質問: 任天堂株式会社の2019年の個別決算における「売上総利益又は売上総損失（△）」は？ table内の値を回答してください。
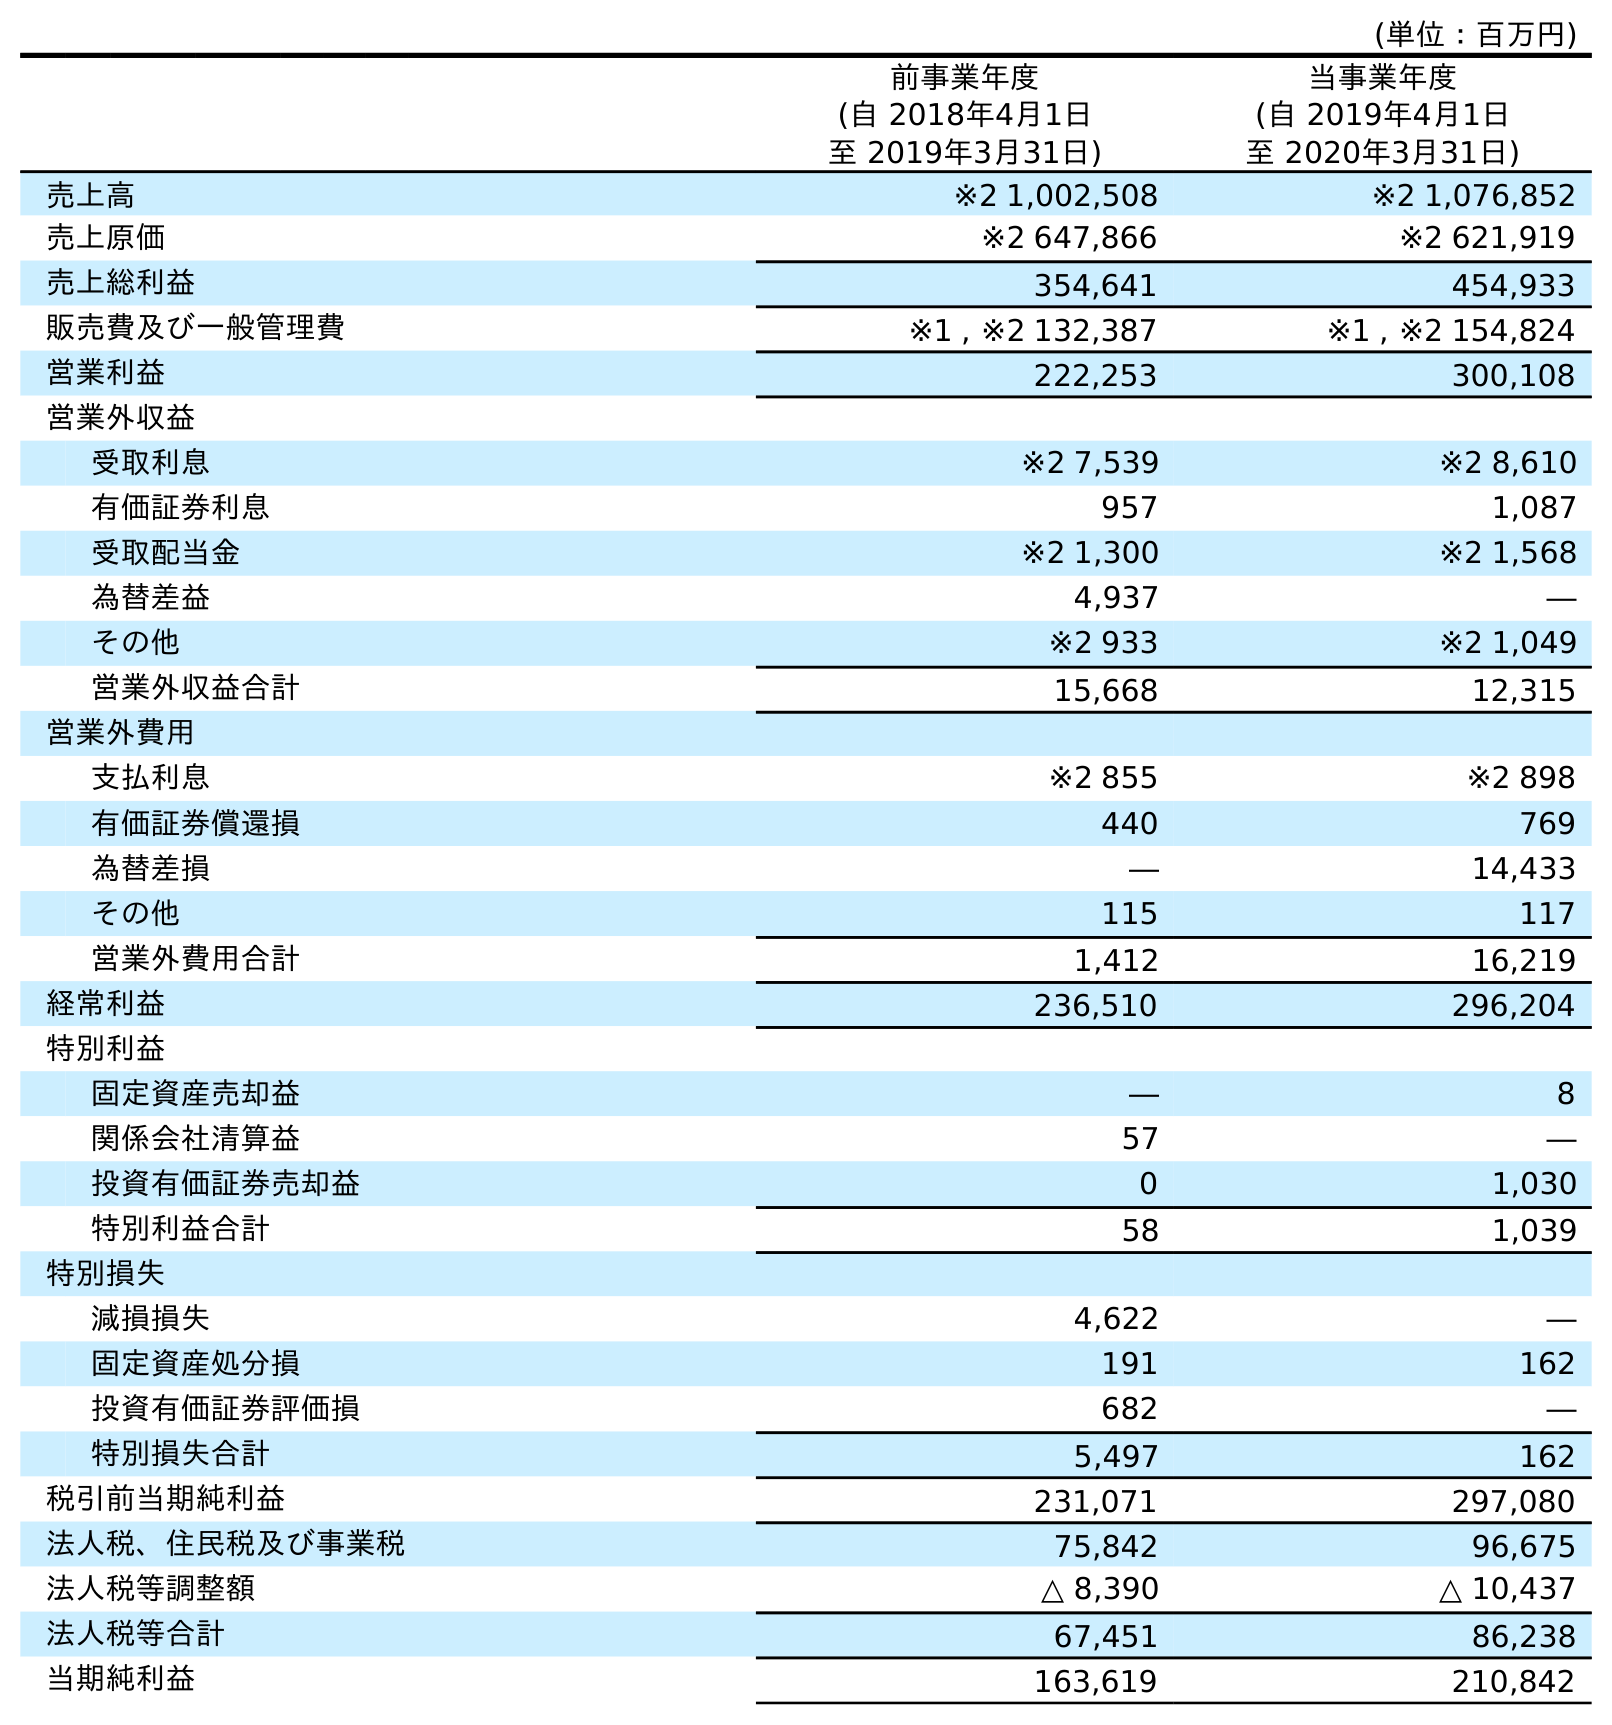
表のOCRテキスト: (単位：百万円) 前事業年度 (自 2018年4月1日 至 2019年3月31日) 当事業年度 (自 2019年4月1日 至 2020年3月31日) 売上高 ※2 1,002,508 ※2 1,076,852 売上原価 ※2 647,866 ※2 621,919 売上総利益 354,641 454,933 販売費及び一般管理費 ※1 , ※2 132,387 ※1 , ※2 154,824 営業利益 222,253 300,108 営業外収益 受取利息 ※2 7,539 ※2 8,610 有価証券利息 957 1,087 受取配当金 ※2 1,300 ※2 1,568 為替差益 4,937 ― その他 ※2 933 ※2 1,049 営業外収益合計 15,668 12,315 営業外費用 支払利息 ※2 855 ※2 898 有価証券償還損 440 769 為替差損 ― 14,433 その他 115 117 営業外費用合計 1,412 16,219 経常利益 236,510 296,204 特別利益 固定資産売却益 ― 8 関係会社清算益 57 ― 投資有価証券売却益 0 1,030 特別利益合計 58 1,039 特別損失 減損損失 4,622 ― 固定資産処分損 191 162 投資有価証券評価損 682 ― 特別損失合計 5,497 162 税引前当期純利益 231,071 297,080 法人税、住民税及び事業税 75,842 96,675 法人税等調整額 △ 8,390 △ 10,437 法人税等合計 67,451 86,238 当期純利益 163,619 210,842
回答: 354,641